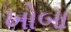
ખોબા